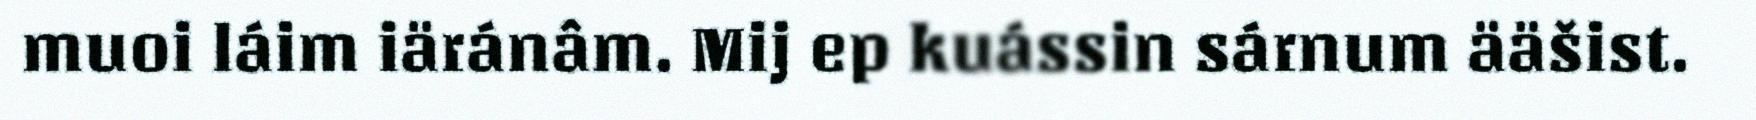
muoi láim iäránâm. Mij ep kuássin sárnum ääšist.